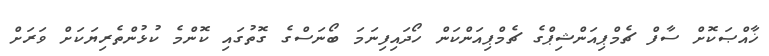
ޚާއްޞަކޮށް ސާފް ޗެމްޕިއަންޝިޕްގެ ޗެމްޕިއަންކަން ހޯދައިފިނަމަ ބޯނަސްގެ ގޮތުގައި ކޮންމެ ކުޅުންތެރިޔަކަށް ވަރަށް